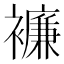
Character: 𧞋